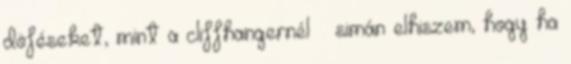
döféseket, mint a cliffhangernél – simán elhiszem, hogy ha